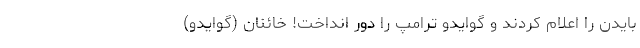
بایدن را اعلام کردند و گوایدو ترامپ را دور انداخت! خائنان (گوایدو)